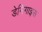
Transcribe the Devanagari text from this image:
डेमिगाइस